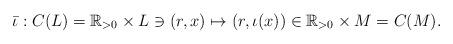
LaTeX: \begin{align*} \bar{\iota}: C(L) = \mathbb{R}_{>0} \times L\ni (r, x) \mapsto(r, \iota(x))\in \mathbb{R}_{>0} \times M = C(M).\end{align*}